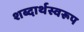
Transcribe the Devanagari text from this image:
शब्दार्थस्वरूप